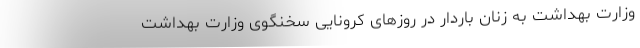
وزارت بهداشت به زنان باردار در روزهای کرونایی سخنگوی وزارت بهداشت